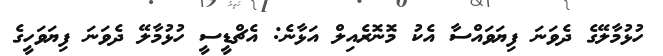
ހުޅުމާލޭގެ ދެވަނަ ފިޔަވައްސާ އެކު މޮނޮރެއިލް އަޅާނެ: އެޗްޑީސީ ހުޅުމާލޭ ދެވަނަ ފިޔަވަހީގެ